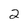
Character: 2